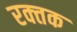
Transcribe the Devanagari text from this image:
रक्‍तक